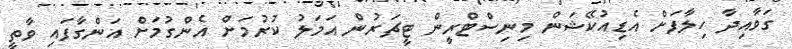
ގަވާއިދާ ހިލާފަށް އެޑިއުކޭޝަން މިނިސްޓްރީން ޓީޗަރުން އަމަލު ކުރުމަށް އެންގުމަށް އަންގާފައި ވާތީ